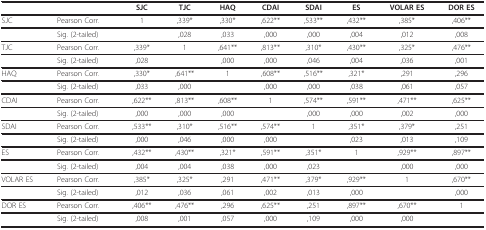
<table><thead><tr><td></td><td></td><td><b>SJC</b></td><td><b>TJC</b></td><td><b>HAQ</b></td><td><b>CDAI</b></td><td><b>SDAI</b></td><td><b>ES</b></td><td><b>VOLAR ES</b></td><td><b>DOR ES</b></td></tr></thead><tbody><tr><td>SJC</td><td>Pearson Corr.</td><td>1</td><td>,339*</td><td>,330*</td><td>,622**</td><td>,533**</td><td>,432**</td><td>,385*</td><td>,406**</td></tr><tr><td></td><td>Sig. (2-tailed)</td><td></td><td>,028</td><td>,033</td><td>,000</td><td>,000</td><td>,004</td><td>,012</td><td>,008</td></tr><tr><td>TJC</td><td>Pearson Corr.</td><td>,339*</td><td>1</td><td>,641**</td><td>,813**</td><td>,310*</td><td>,430**</td><td>,325*</td><td>,476**</td></tr><tr><td></td><td>Sig. (2-tailed)</td><td>,028</td><td></td><td>,000</td><td>,000</td><td>,046</td><td>,004</td><td>,036</td><td>,001</td></tr><tr><td>HAQ</td><td>Pearson Corr.</td><td>,330*</td><td>,641**</td><td>1</td><td>,608**</td><td>,516**</td><td>,321*</td><td>,291</td><td>,296</td></tr><tr><td></td><td>Sig. (2-tailed)</td><td>,033</td><td>,000</td><td></td><td>,000</td><td>,000</td><td>,038</td><td>,061</td><td>,057</td></tr><tr><td>CDAI</td><td>Pearson Corr.</td><td>,622**</td><td>,813**</td><td>,608**</td><td>1</td><td>,574**</td><td>,591**</td><td>,471**</td><td>,625**</td></tr><tr><td></td><td>Sig. (2-tailed)</td><td>,000</td><td>,000</td><td>,000</td><td></td><td>,000</td><td>,000</td><td>,002</td><td>,000</td></tr><tr><td>SDAI</td><td>Pearson Corr.</td><td>,533**</td><td>,310*</td><td>,516**</td><td>,574**</td><td>1</td><td>,351*</td><td>,379*</td><td>,251</td></tr><tr><td></td><td>Sig. (2-tailed)</td><td>,000</td><td>,046</td><td>,000</td><td>,000</td><td></td><td>,023</td><td>,013</td><td>,109</td></tr><tr><td>ES</td><td>Pearson Corr.</td><td>,432**</td><td>,430**</td><td>,321*</td><td>,591**</td><td>,351*</td><td>1</td><td>,929**</td><td>,897**</td></tr><tr><td></td><td>Sig. (2-tailed)</td><td>,004</td><td>,004</td><td>,038</td><td>,000</td><td>,023</td><td></td><td>,000</td><td>,000</td></tr><tr><td>VOLAR ES</td><td>Pearson Corr.</td><td>,385*</td><td>,325*</td><td>,291</td><td>,471**</td><td>,379*</td><td>,929**</td><td>1</td><td>,670**</td></tr><tr><td></td><td>Sig. (2-tailed)</td><td>,012</td><td>,036</td><td>,061</td><td>,002</td><td>,013</td><td>,000</td><td></td><td>,000</td></tr><tr><td>DOR ES</td><td>Pearson Corr.</td><td>,406**</td><td>,476**</td><td>,296</td><td>,625**</td><td>,251</td><td>,897**</td><td>,670**</td><td>1</td></tr><tr><td></td><td>Sig. (2-tailed)</td><td>,008</td><td>,001</td><td>,057</td><td>,000</td><td>,109</td><td>,000</td><td>,000</td><td></td></tr></tbody></table>